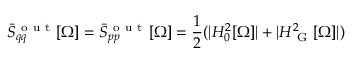
\bar { S } _ { q q } ^ { \mathrm { ~ o ~ u ~ t ~ } } [ \Omega ] = \bar { S } _ { p p } ^ { \mathrm { ~ o ~ u ~ t ~ } } [ \Omega ] = \frac { 1 } { 2 } ( \vert H _ { 0 } ^ { 2 } [ \Omega ] \vert + \vert H _ { \mathrm { ~ G ~ } } ^ { 2 } [ \Omega ] \vert )